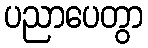
ပညာပေတွာ